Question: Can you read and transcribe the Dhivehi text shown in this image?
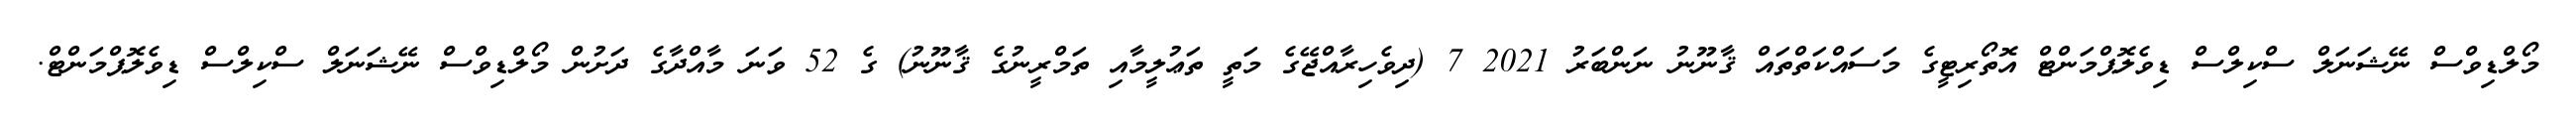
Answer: މޯލްޑިވްސް ނޭޝަނަލް ސްކިލްސް ޑިވެލޮޕްމަންޓް އޮތޯރިޓީގެ މަސައްކަތްތައް ޤާނޫނު ނަންބަރު 2021 7 (ދިވެހިރާއްޖޭގެ މަތީ ތަޢުލީމާއި ތަމްރީނުގެ ޤާނޫނު) ގެ 52 ވަނަ މާއްދާގެ ދަށުން މޯލްޑިވްސް ނޭޝަނަލް ސްކިލްސް ޑިވެލޮޕްމަންޓް.